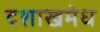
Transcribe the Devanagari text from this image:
दशाखमेध